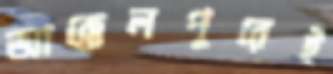
আক্কেলপুরেই